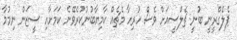
ޕެލެގްރީނީ ބުނީ ޗެލްސީއަށް ވެސް ހުރިހާ މެޗެއް ކާމިޔާބުނުކުރެވޭނެ ކަމަށާއި ސީޒަން ނިމުމާ